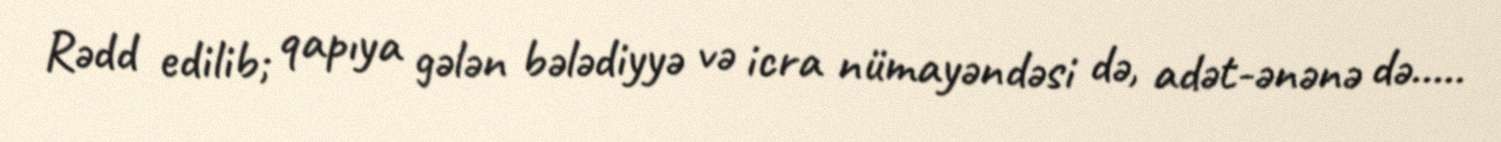
Rәdd edilib; qapıya gәlәn bәlәdiyyә vә icra nümayәndәsi dә, adәt­әnәnә dә.....